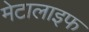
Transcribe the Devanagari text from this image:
मेटालाइफ